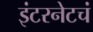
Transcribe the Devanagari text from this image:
इंटरनेटचं